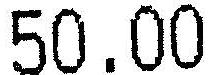
50.00